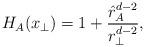
LaTeX: \begin{align*}H_A (x_\perp) = 1 + {{\hat r_A^{d -2}} \over {r_\perp^{d-2}}},\end{align*}